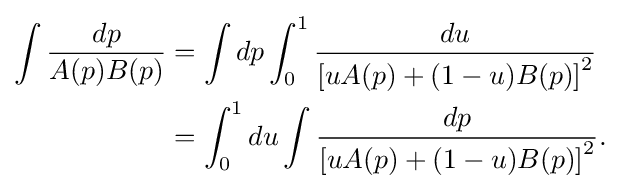
{\begin{aligned}\int {\frac {dp}{A(p)B(p)}}&=\int dp\int _{0}^{1}{\frac {du}{\left[uA(p)+(1-u)B(p)\right]^{2}}}\\&=\int _{0}^{1}du\int {\frac {dp}{\left[uA(p)+(1-u)B(p)\right]^{2}}}.\end{aligned}}